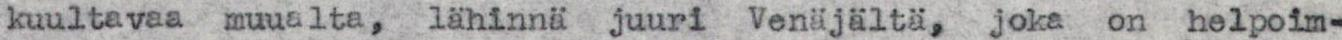
kuultavaa muualta, lähinnä juuri Venäjältä, joka on helpoim-